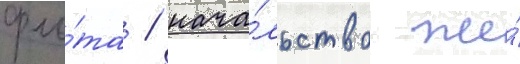
фло́та / нача́льство же́